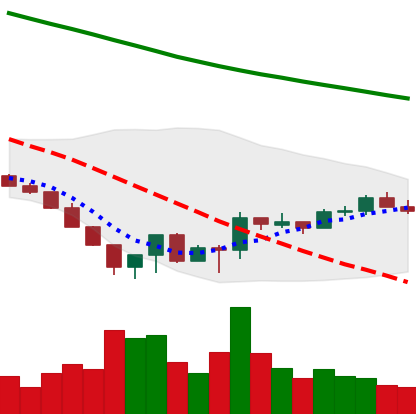
Ticker: LTC-USD
Chart end date: 2022-06-27
Forward return: -9.727%
Label: down_7plus